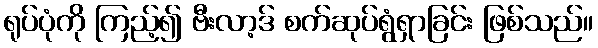
ရုပ်ပုံကို ကြည့်၍ ဗီးလာ့ဒ် စက်ဆုပ်ရွံရှာခြင်း ဖြစ်သည်။